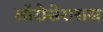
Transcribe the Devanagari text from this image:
लॉरोसेरासस